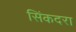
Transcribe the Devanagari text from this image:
सिंकदरा